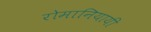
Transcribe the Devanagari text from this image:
रोमानियायी